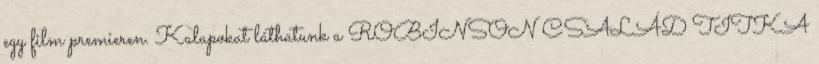
egy film premieren. Kalapokat láthatunk a ROBINSON CSALÁD TITKA